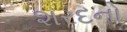
શરદનો